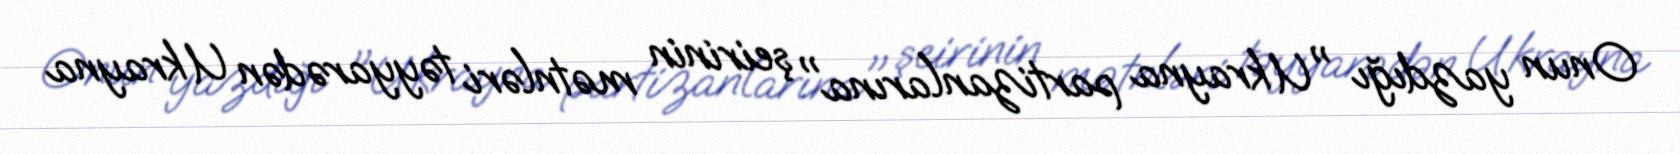
Onun yazdığı "Ukrayna partizanlarına" şeirinin mətnləri təyyarədən Ukrayna